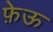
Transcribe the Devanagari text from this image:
फ़ेऊ